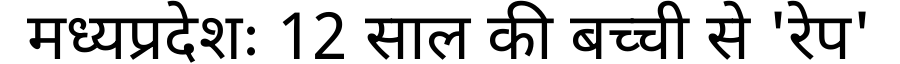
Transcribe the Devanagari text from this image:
मध्यप्रदेशः 12 साल की बच्ची से 'रेप'